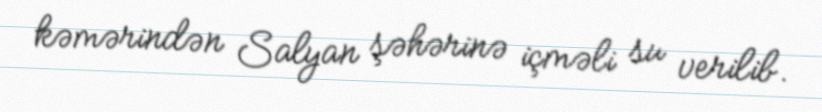
kəmərindən Salyan şəhərinə içməli su verilib.